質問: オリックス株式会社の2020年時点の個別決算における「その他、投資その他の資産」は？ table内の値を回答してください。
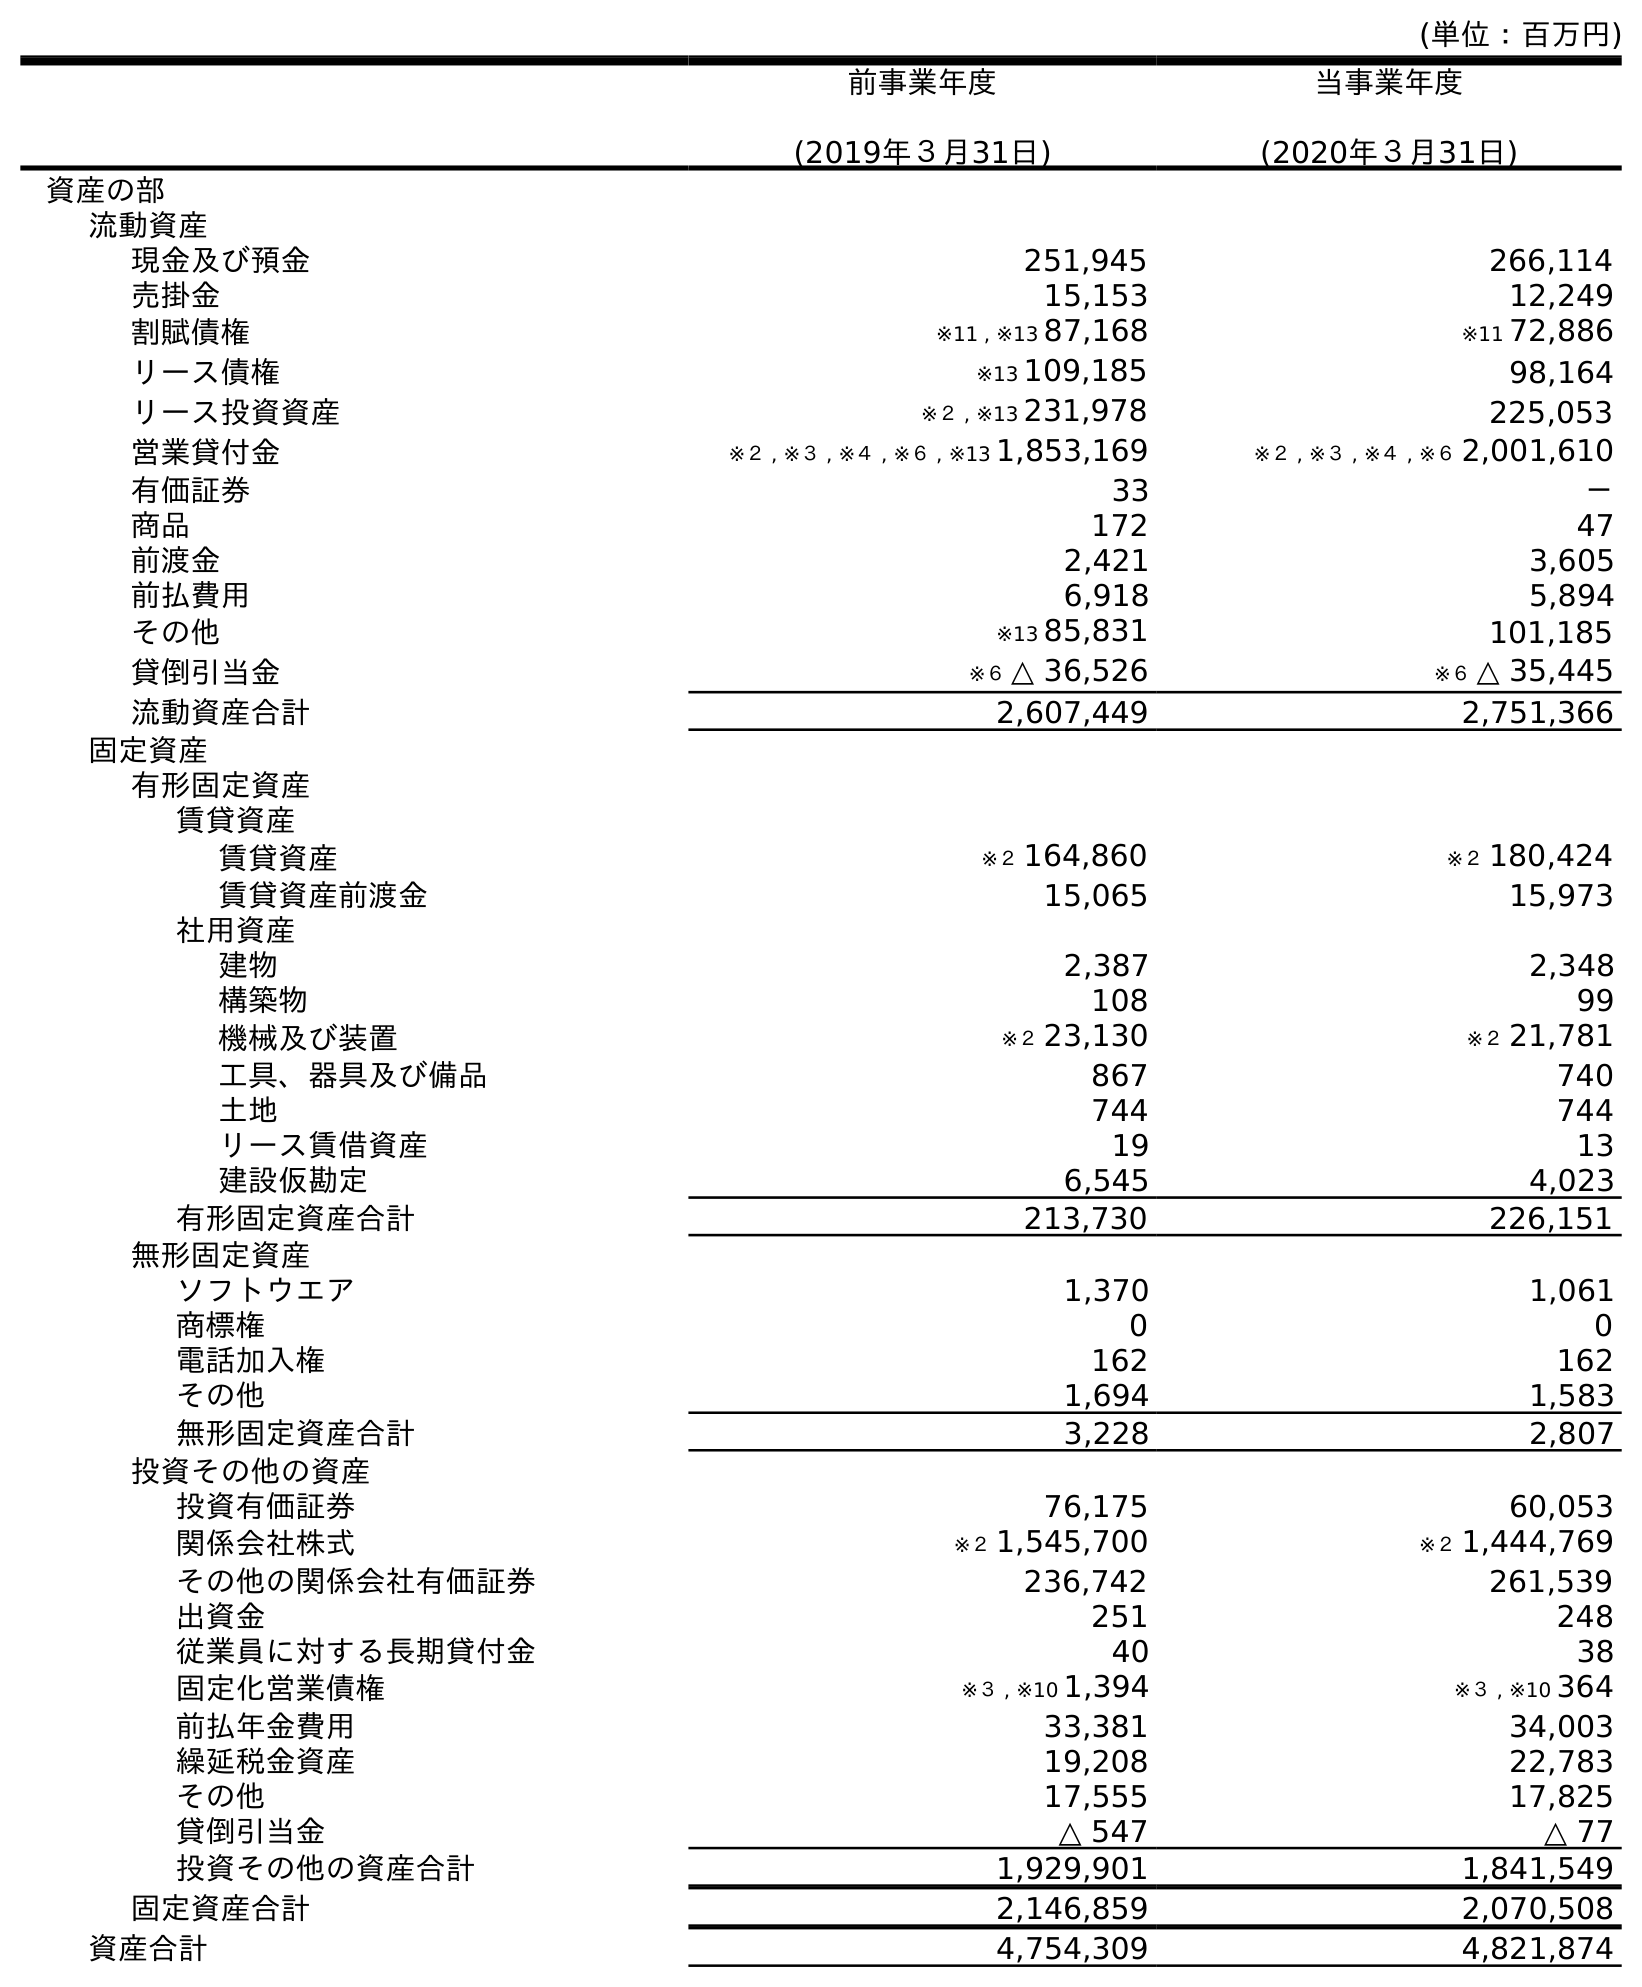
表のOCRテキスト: (単位：百万円) 前事業年度 (2019年３月31日) 当事業年度 (2020年３月31日) 資産の部 流動資産 現金及び預金 251,945 266,114 売掛金 15,153 12,249 割賦債権 ※11 , ※13 87,168 ※11 72,886 リース債権 ※13 109,185 98,164 リース投資資産 ※２ , ※13 231,978 225,053 営業貸付金 ※２ , ※３ , ※４ , ※６ , ※13 1,853,169 ※２ , ※３ , ※４ , ※６ 2,001,610 有価証券 33 － 商品 172 47 前渡金 2,421 3,605 前払費用 6,918 5,894 その他 ※13 85,831 101,185 貸倒引当金 ※６ △ 36,526 ※６ △ 35,445 流動資産合計 2,607,449 2,751,366 固定資産 有形固定資産 賃貸資産 賃貸資産 ※２ 164,860 ※２ 180,424 賃貸資産前渡金 15,065 15,973 社用資産 建物 2,387 2,348 構築物 108 99 機械及び装置 ※２ 23,130 ※２ 21,781 工具、器具及び備品 867 740 土地 744 744 リース賃借資産 19 13 建設仮勘定 6,545 4,023 有形固定資産合計 213,730 226,151 無形固定資産 ソフトウエア 1,370 1,061 商標権 0 0 電話加入権 162 162 その他 1,694 1,583 無形固定資産合計 3,228 2,807 投資その他の資産 投資有価証券 76,175 60,053 関係会社株式 ※２ 1,545,700 ※２ 1,444,769 その他の関係会社有価証券 236,742 261,539 出資金 251 248 従業員に対する長期貸付金 40 38 固定化営業債権 ※３ , ※10 1,394 ※３ , ※10 364 前払年金費用 33,381 34,003 繰延税金資産 19,208 22,783 その他 17,555 17,825 貸倒引当金 △ 547 △ 77 投資その他の資産合計 1,929,901 1,841,549 固定資産合計 2,146,859 2,070,508 資産合計 4,754,309 4,821,874
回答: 17,825